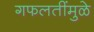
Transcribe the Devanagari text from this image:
गफलतींमुळे